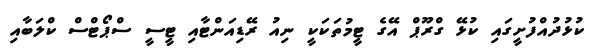
ކުޅުދުއްފުށީގައި ކުޅޭ ގްރޫޕް އޭގެ ޓީމުތަކަކީ ނިއު ރޭޑިއަންޓާއި ޓީސީ ސްޕޯޓްސް ކްލަބާއި